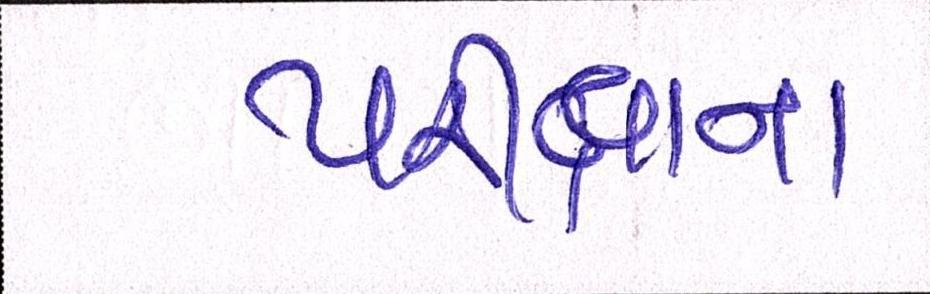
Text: પરીક્ષાના